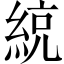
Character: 綂